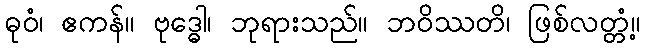
ဓုဝံ၊ ဧကန်။ ဗုဒ္ဓေါ၊ ဘုရားသည်။ ဘဝိဿတိ၊ ဖြစ်လတ္တံ့။